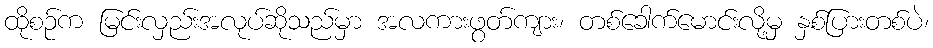
ထိုစဉ်က မြင်းလှည်းအလုပ်ဆိုသည်မှာ အလကားဖွတ်ကျား၊ တစ်ခေါက်မောင်းလို့မှ နှစ်ပြားတစ်ပဲ၊